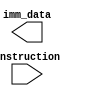
module Immediate_Data_Extractor

(
input [31:0] instruction,
output reg [63:0] imm_data
);

always @*
	begin
		case(instruction[6:5])

			2'b00: immediate = {{52{instruction[31]}}, instruction[31:20]}; //load instruction

			2'b01: immediate = {{52{instruction[31]}}, instruction[31:25], instruction[11:7]}; //store instruction

			2'b10: immediate = {{53{instruction[31]}}, instruction[7], instruction[30:25], instruction[11:8]}; //branch instruction

			2'b11: immediate = {{53{instruction[31]}}, instruction[7], instruction[30:25], instruction[11:8]}; //branch instruction
		endcase
	end
endmodule